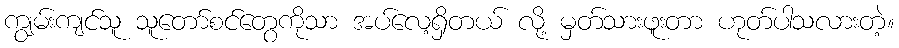
ကျွမ်းကျင်သူ သူတော်စင်တွေကိုသာ အပ်လေ့ရှိတယ် လို့ မှတ်သားဖူးတာ ဟုတ်ပါသလားတဲ့။